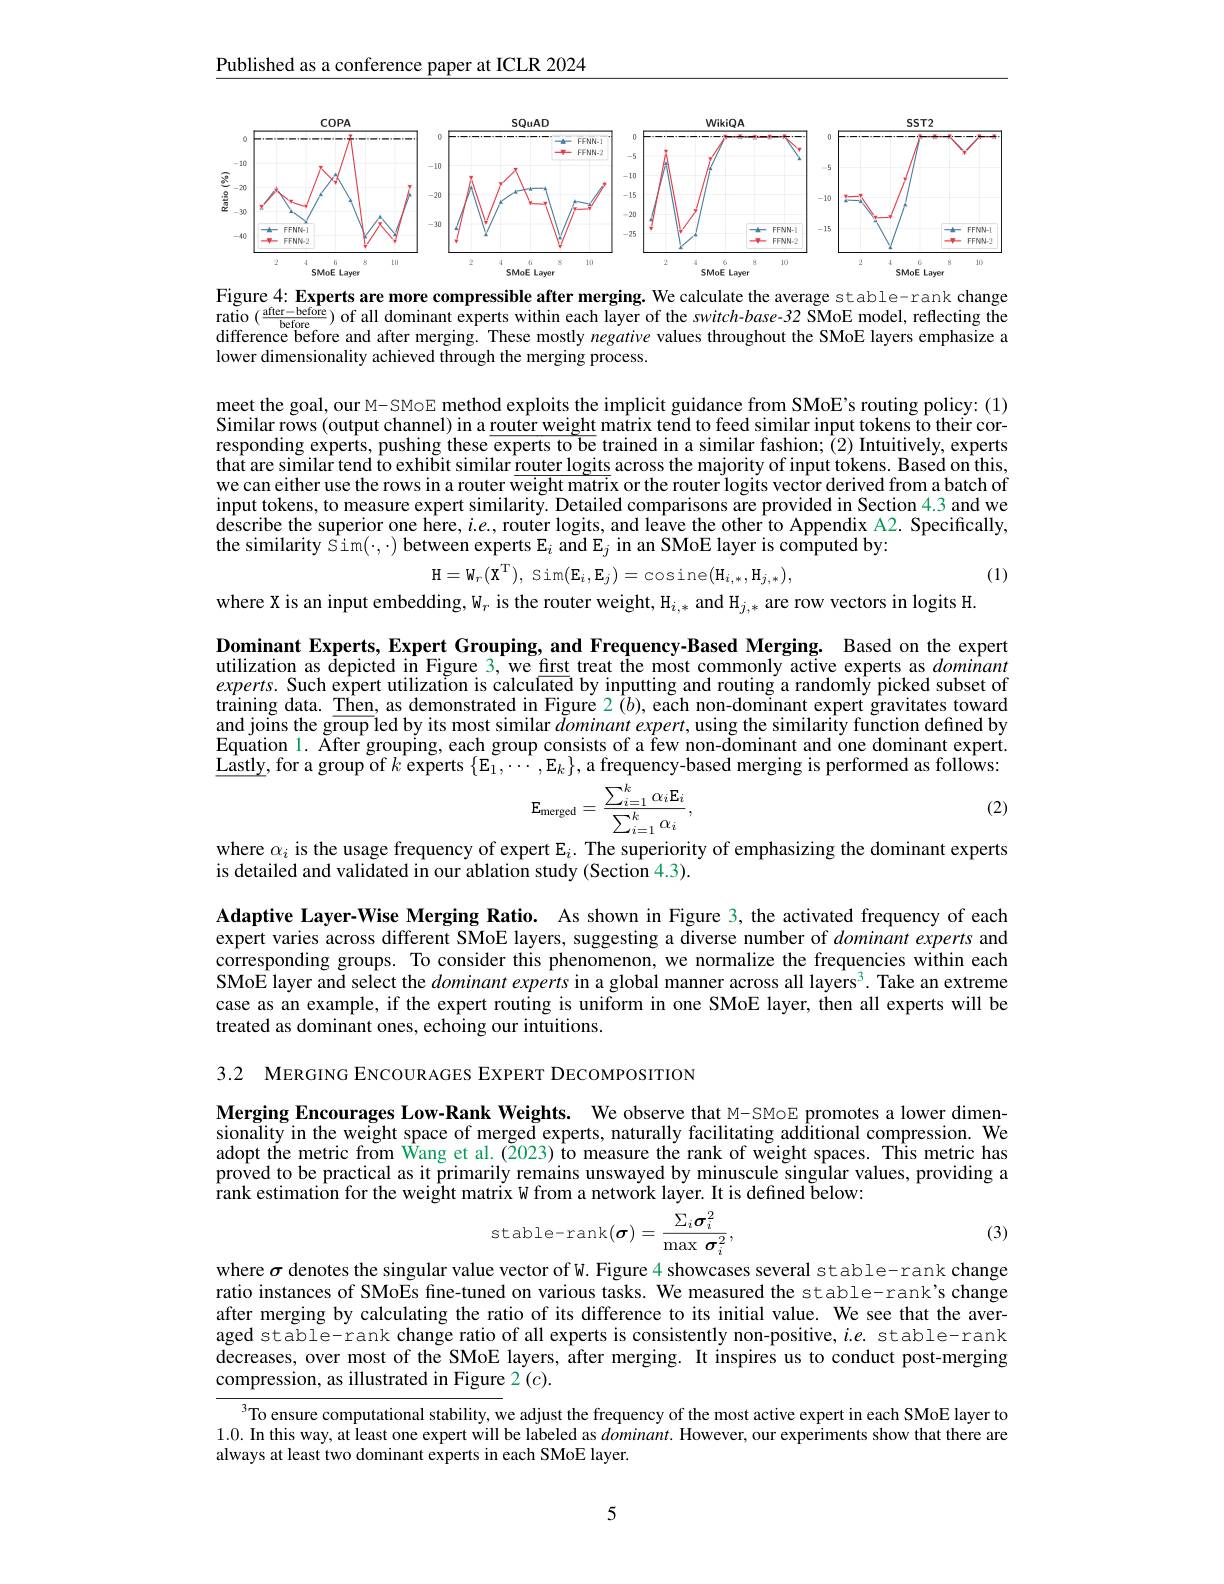
$\underline{\text{Published as a conference paper at ICLR 2024}}$

<FigureHere>

Figure 4: Experts are more compressible after merging. We calculate the average stable-rank change

ratio $(\frac{\text{after-before}}{\text{before}})$ of all dominant experts within each layer of the switch-base-32 ŠMoE model, reflecting the difference before and after merging. These mostly negative values throughout the SMoE layers emphasize lower dimensionality achieved through the merging process.

meet the goal, our M- SMoE method exploits the implicit guidance from SMoE's routing policy: (1) Similar rows (output channel) in a router weight matrix tend to feed similar input tokens to their corresponding experts, pushing these $\overline{\text{experts to be}}$ trained in a similar fashion; (2) Intuitively, experts that are similar tend to exhibit similar router logits across the majority of input tokens. Based on this, we can either use the rows in a router weight matrix or the router logits vector derived from a batch of input tokens, to measure expert similarity. Detailed comparisons are provided in Section 4.3 and we $d$escribe the superior one here, $i.e.$, router logits, and leave the other to Appendix A2. Specifically, the similarity Sim($\cdot,\cdot)$ between experts E$_i$ and E$_j$ in an SMoE layer is computed by:

$\mathbf{H} = \mathbf{W} _{r}( \mathbf{X} ^{\mathrm{T} }) $, Sim$(\mathbf{E}_{i},\mathbf{E}_{j})=$cosine$(\mathbf{H}_{i,*},\mathbf{H}_{j,*})$,

(1)

where X is an input embedding, W$_r$ is the router weight, H$_i,*$ and H$_j,*$ are row vectors in logits H.

Dominant Experts, Expert Grouping, and Frequency-Based Merging. Based on the expert utilization as depicted in Figure 3, we first treat the most commonly active experts as dominant $experts.$ Such expert utilization is calculated by inputting and routing a randoml$\hat{\text{y picked subset of}}$ training data. Then, as demonstrated in Figure 2 $\hat{(}b)$, each non-dominant expert gravitates toward and joins the group led by its most similar $\v {d}\textit{ominant expert, using the similarity function defined by}$ $\bar{\text{Equation 1. After grouping, each group consists of a few non-dominant and one dominant expert.}}$ $\underline{\text{Lastly, for a group of }k}\hat{\text{experts }\{\mathrm{E}_1,\cdots,\mathrm{E}_k\}}$,a frequency-based merging is performed as follows:
$$\mathbf{E}_{\mathrm{merged}}=\frac{\sum_{i=1}^{k}\alpha_{i}\mathbf{E}_{i}}{\sum_{i=1}^{k}\alpha_{i}},$$
(2)

where $\alpha_i$ is the usage frequency of expert E$_i.$ The superiority of emphasizing the dominant experts
is detailed and validated in our ablation study (Section 4.3).

Adaptive Layer-Wise Merging Ratio. As shown in Figure 3, the activated frequency of each expert varies across different SMoE layers, suggesting a diverse number of dominant experts and corresponding groups. To consider this phenomenon, we normalize the frequencies within each SMoE layer and select the dominant experts in a global manner across all layers$^3.$ Take an extreme case as an example, if the expert routing is uniform in one SMoE layer, then all experts will be treated as dominant ones, echoing our intuitions.

3.2 MERGING ENCOURAGES EXPERT DECOMPOSITION

Merging Encourages Low-Rank Weights. We observe that M-SMoE promotes a lower dimensionality in the weight space of merged experts, naturally facilitating additional compression. We adopt the metric from Wang et al. (2023) to measure the rank of weight spaces. This metric has proved to be practical as it primarily remains unswayed by minuscule singular values, providing a $\hat{\text{rank estimation for the weight matrix W from a network layer. It is defined below:}}$
$$\text{stable-rank}(\sigma)=\frac{\Sigma_{i}\sigma_{i}^{2}}{\max\:\sigma_{i}^{2}},$$
(3)

where $\sigma$ denotes the singular value vector of W. Figure 4 showcases several stable-rank change ratio instances of SMo$\tilde{\text{Esfine-tunedonvarioustasks.Wemeasuredthestable-rank'schange}}$ after merging by calculating the ratio of its difference to its initial value. We see that the averaged stable-rank change ratio of all experts is consistently non-positive, $i.e.$ stable-rank $\tilde{\text{decreases, over most of the SMoE layers, after merging. It inspires us to conduct post-merging}}$ compression, as illustrated in Figure 2 (c).

3To ensure computational stability, we adjust the frequency of the most active expert in each SMoE layer to 1.0. In this way, at least one expert will be labeled as $dominant.$ However, our experiments show that there are always at least two dominant experts in each SMoE layer.

5